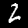
Label: 2